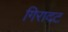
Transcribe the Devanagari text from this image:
गिरादट